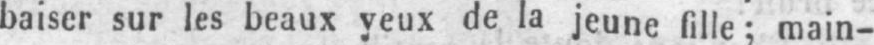
baiser sur les beaux yeux de la jeune fille; main-